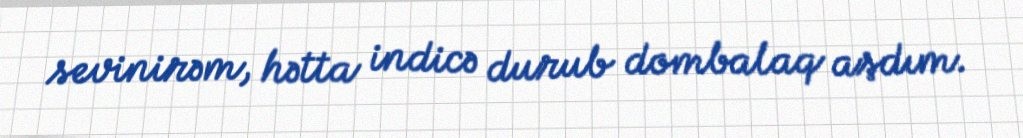
sevinirəm, hətta indicə durub dombalaq aşdım.